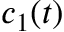
c _ { 1 } ( t )